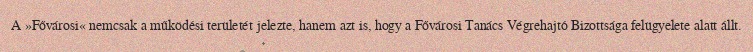
A »Fővárosi« nemcsak a működési területét jelezte, hanem azt is, hogy a Fővárosi Tanács Végrehajtó Bizottsága felügyelete alatt állt.